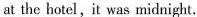
at the hotel,it was midnight.